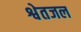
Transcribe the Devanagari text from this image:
श्वेतजल